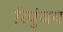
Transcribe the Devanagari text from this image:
रिपुंजय